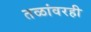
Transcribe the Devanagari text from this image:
तळांवरही